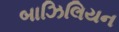
બાઝિલિયન